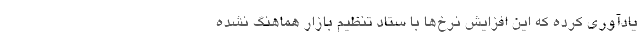
یادآوری کرده که این افزایش نرخ‌ها با ستاد تنظیم بازار هماهنگ نشده